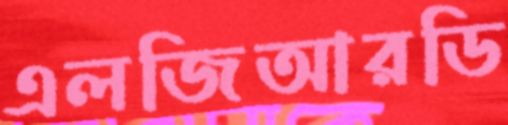
এলজিআরডি